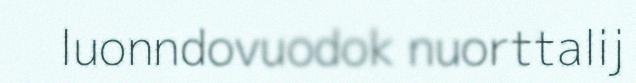
luonndovuodok nuorttalij